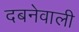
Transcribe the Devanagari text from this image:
दबनेवाली